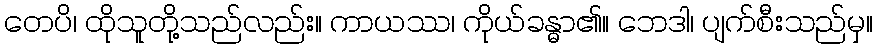
တေပိ၊ ထိုသူတို့သည်လည်း။ ကာယဿ၊ ကိုယ်ခန္ဓာ၏။ ဘေဒါ၊ ပျက်စီးသည်မှ။